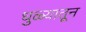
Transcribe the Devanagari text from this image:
धुळ्यातून